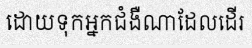
ដោយទុកអ្នកជំងឺណាដែលដើរ